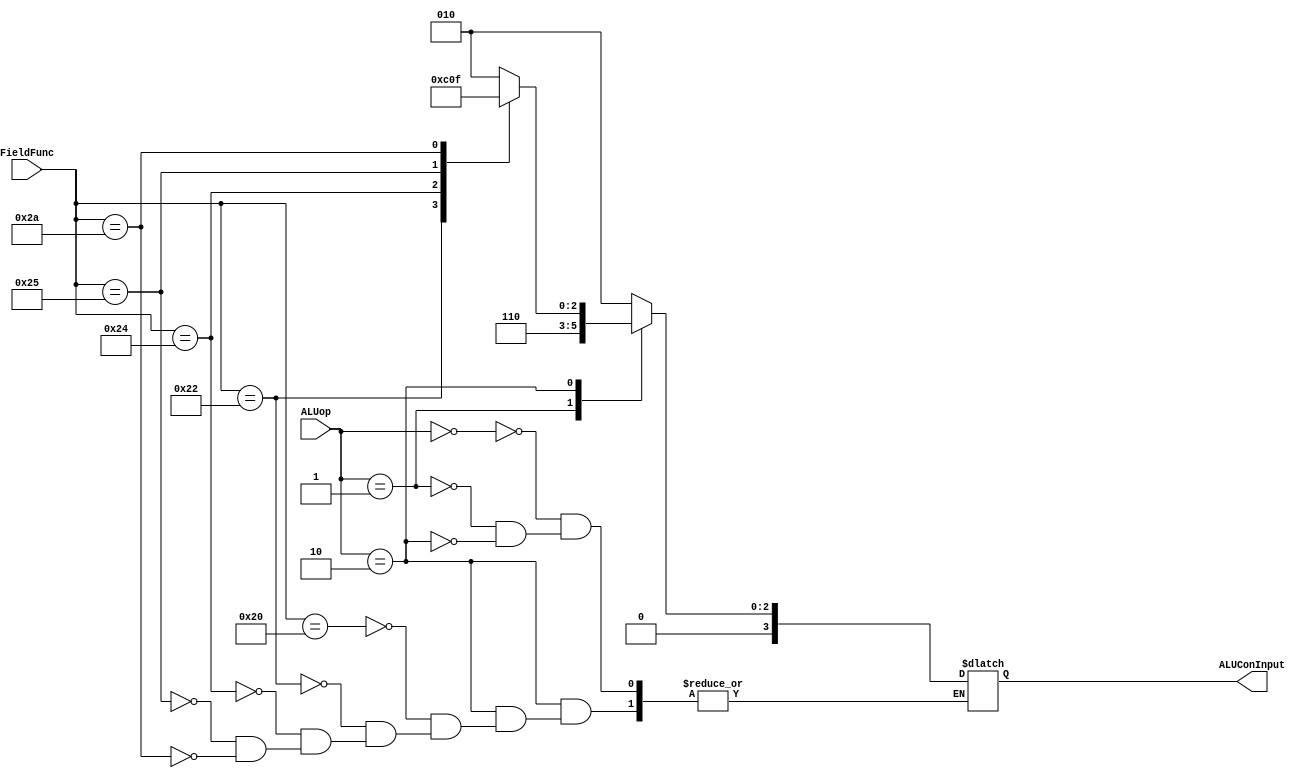
module ALUControl(ALUop,FieldFunc,ALUConInput);

input [1:0]ALUop;
input [5:0]FieldFunc;
output reg [3:0]ALUConInput;

always@(ALUop,FieldFunc)
	case(ALUop)
		2'b00:ALUConInput=4'b0010;
		2'b01:ALUConInput=4'b0110;
		
		2'b10: case(FieldFunc)
					6'b100000:ALUConInput=4'b0010;
					6'b100010:ALUConInput=4'b0110;
					6'b100100:ALUConInput=4'b0000;
					6'b100101:ALUConInput=4'b0001;
					6'b101010:ALUConInput=4'b0111;
			   endcase
	
	endcase

endmodule